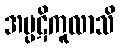
အပ္ပဋိကူလာသိ